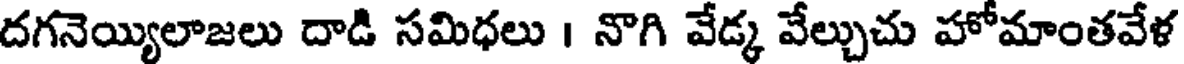
దగనెయ్యిలాజలు దాడి సమిధలు । నొగి వేడ్క వేల్చుచు హోమాంతవేళ